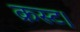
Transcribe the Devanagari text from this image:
क्रस्ट।